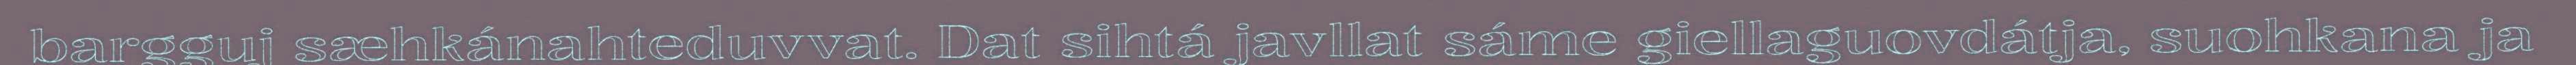
bargguj sæhkánahteduvvat. Dat sihtá javllat sáme giellaguovdátja, suohkana ja